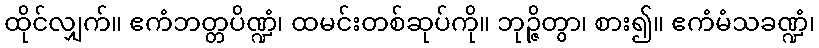
ထိုင်လျှက်။ ဧကံဘတ္တပိဏ္ဍံ၊ ထမင်းတစ်ဆုပ်ကို။ ဘုဉ္ဇိတွာ၊ စား၍။ ဧကံမံသခဏ္ဍံ၊